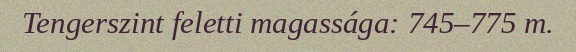
Tengerszint feletti magassága: 745–775 m.